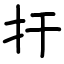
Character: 扞